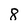
Character: 8